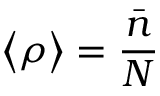
\left\langle \rho \right\rangle = \frac { \bar { n } } { N }